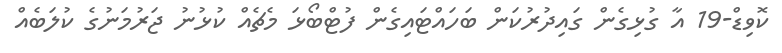
ކޮވިޑް-19 އާ ގުޅިގެން ގައިދުރުކަން ބަހައްޓައިގެން ފުޓްބޯޅަ މެޗެއް ކުޅުނު ޖަރުމަނުގެ ކުލަބެއް